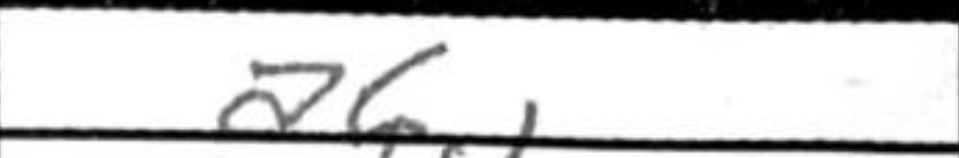
Transcription: a6